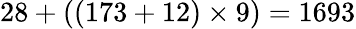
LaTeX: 28+((173+12)\times 9)=1693